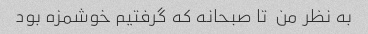
به نظر من  تا صبحانه که گرفتیم خوشمزه بود